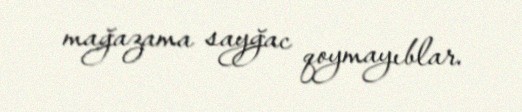
mağazama sayğac qoymayıblar.